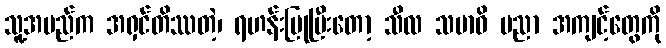
သူ့အမည်က အရှင်တိဿတဲ့၊ ရဟန်းပြုပြီးတော့ သီလ သမာဓိ ပညာ အကျင့်တွေကို